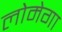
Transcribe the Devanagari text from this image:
लोमेगा